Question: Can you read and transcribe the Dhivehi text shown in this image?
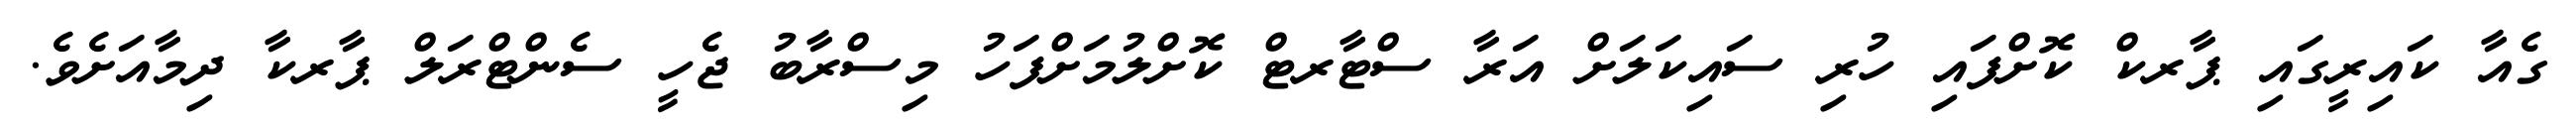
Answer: ގެއާ ކައިރީގައި ޕާރކް ކޮށްފައި ހުރި ސައިކަލަށް އަރާ ސްޓާރޓް ކޮށްލުމަށްފަހު މިސްރާބު ޖެހީ ސެންޓްރަލް ޕާރކާ ދިމާއަށެވެ.